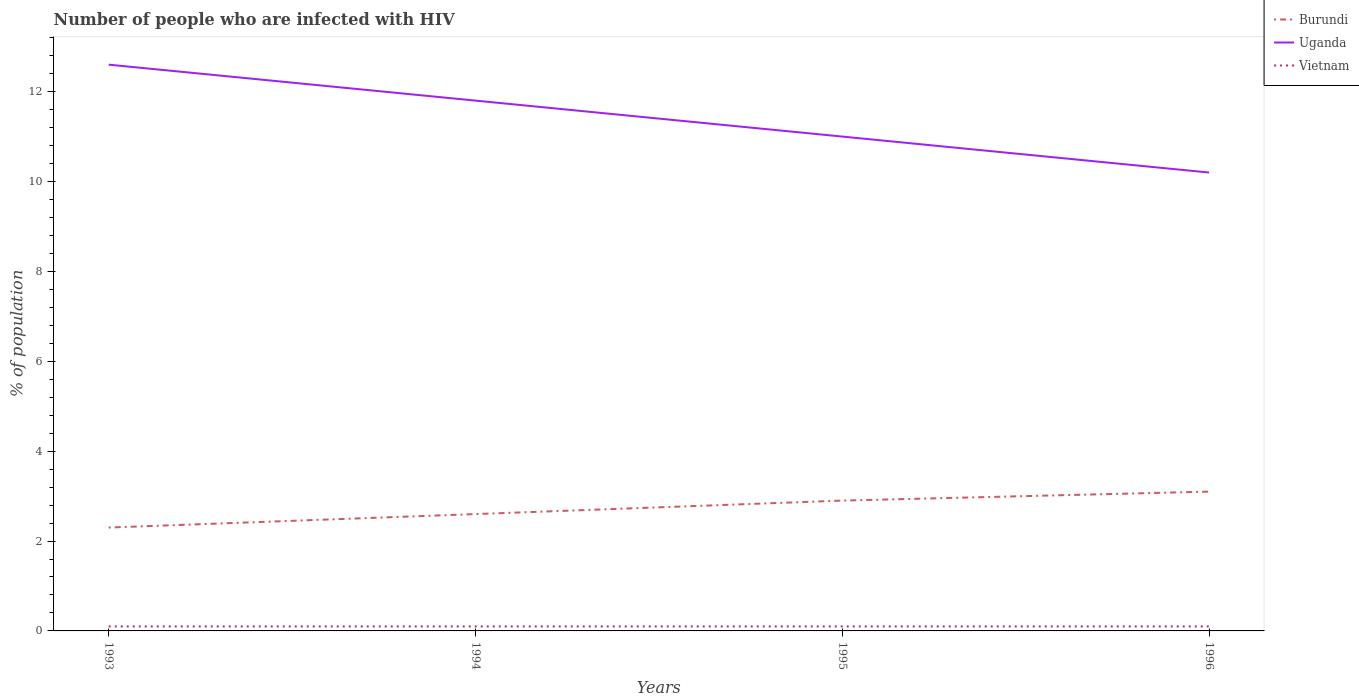
| Years | Burundi | Uganda | Vietnam |
 | --- | --- | --- | --- |
 | 1993 | 2.3 | 12.6 | 0.1 |
 | 1994 | 2.6 | 11.8 | 0.1 |
 | 1995 | 2.9 | 11 | 0.1 |
 | 1996 | 3.1 | 10.2 | 0.1 |